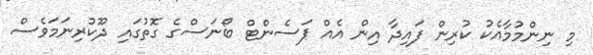
މި ނިންމުމާއެކު ކުރިން ފައިދާ އިން އެއް ޕަސެންޓް ބޯނަސްގެ ގޮތުގައި ދޫކުރިނަމަވެސް